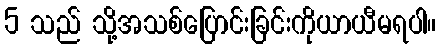
5 သည် သို့အသစ်ပြောင်းခြင်းကိုယာယီမရပါ။